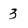
Character: 3